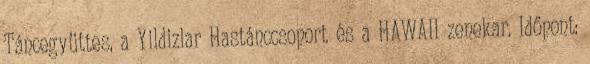
Táncegyüttes, a Yildizlar Hastánccsoport és a HAWAII zenekar. Időpont: